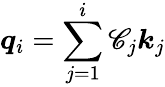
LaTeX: \boldsymbol{q}_{i}=\sum_{j=1}^{i}\mathscr{C}_{j}\boldsymbol{k}_{j}